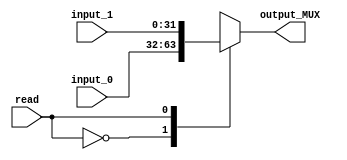
`timescale 1ns/10ps

//mux2to1 mux2to1(read,input_0,input_1,output_MUX);

module mux2to1(
  input read,
  input [31:0] input_0,
  input [31:0] input_1,
  output reg [31:0] output_MUX
  );
  
  always @ (*)
  	begin
      case(read)
        0: output_MUX <= input_0;
        1: output_MUX <= input_1;
      endcase
    end
endmodule